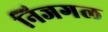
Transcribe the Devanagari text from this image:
निजगल